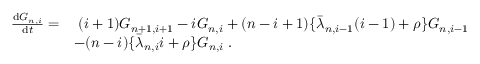
\begin{array} { r l } { \frac { \mathrm { d } G _ { n , i } } { \mathrm { d } t } = } & { \; ( i + 1 ) G _ { n + 1 , i + 1 } - i G _ { n , i } + ( n - i + 1 ) \lbrace \bar { \lambda } _ { n , i - 1 } ( i - 1 ) + \rho \rbrace G _ { n , i - 1 } } \\ & { - ( n - i ) \lbrace \bar { \lambda } _ { n , i } i + \rho \rbrace G _ { n , i } \; . } \end{array}